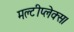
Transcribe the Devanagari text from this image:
मल्टीप्लेक्स।